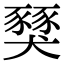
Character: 𧱾